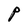
Character: P